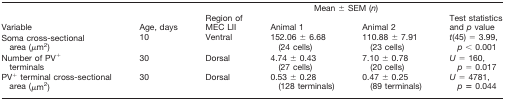
|  |  |  | <COLSPAN=2> Mean ± SEM (n) |  |
 | Variable | Age, days | Region of MEC LII | Animal 1 | Animal 2 | Test statistics and p value |
 | --- | --- | --- | --- | --- | --- |
 | Soma cross-sectional area (μm2) | 10 | Ventral | 152.06 ± 6.68 (24 cells) | 110.88 ± 7.91 (23 cells) | t(45) = 3.99, p < 0.001 |
 | Number of PV+ terminals | 30 | Dorsal | 4.74 ± 0.43 (27 cells) | 7.10 ± 0.78 (20 cells) | U = 160, p = 0.017 |
 | PV+ terminal cross-sectional area (μm2) | 30 | Dorsal | 0.53 ± 0.28 (128 terminals) | 0.47 ± 0.25 (89 terminals) | U = 4781, p= 0.044 |